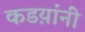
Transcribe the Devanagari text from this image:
कडय़ांनी